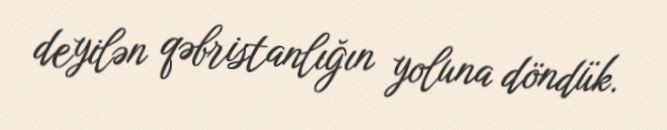
deyilən qəbristanlığın yoluna döndük.